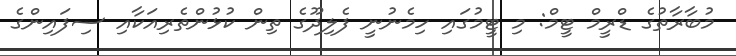
މުބާރާތުގެ ޑްރީމް ޓީމް: މި ޓީމުގައި ހިމެނުނީ ފެލިދޫގެ ތިން ކުޅުންތެރިއަކާއި ސިފައިންގެ